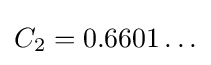
C_{2}=0.6601\ldots